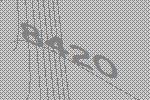
8420